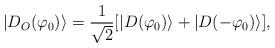
LaTeX: \begin{align*}| D_O (\varphi_0) \rangle = \frac{1}{\sqrt{2}} [ | D(\varphi_0) \rangle + | D( - \varphi_0) \rangle ] ,\end{align*}